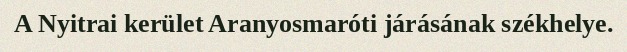
A Nyitrai kerület Aranyosmaróti járásának székhelye.